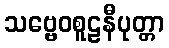
သဗ္ဗေဝစူဠနီပုတ္တာ